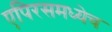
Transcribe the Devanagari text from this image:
एपिरसमध्येच